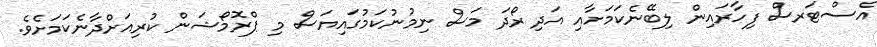
އެސްޓަރސް ފިހާރައިން ލިބޭނެކަމަށާއި އަދި ރޯދަ މަސް ނިމުނުކަމުގައިިޔަސް މި ޕްރޮމޯޝަން ކުރިއަށްދާނެކަމަށެވެ.